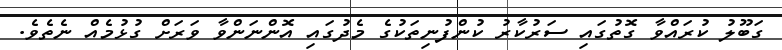
ގަބޫލު ކުރައްވާ ގޮތުގައި ސަރުކާރު ކުންފުނިތަކުގެ މެދުގައި އޮންނަންވާ ވަރަށް ގުޅުމެއް ނެތެވެ.